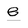
Character: e